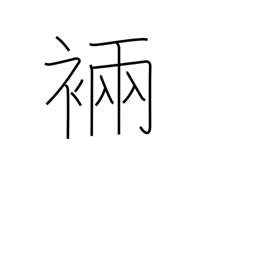
Meaning: ancient robe